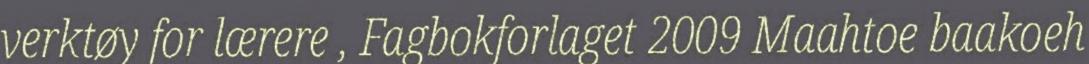
verktøy for lærere , Fagbokforlaget 2009 Maahtoe baakoeh